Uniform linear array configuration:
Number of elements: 64
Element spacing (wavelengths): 1
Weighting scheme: hann
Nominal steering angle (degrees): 30
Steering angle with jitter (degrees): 29.403
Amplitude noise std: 0.05
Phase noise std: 0.05

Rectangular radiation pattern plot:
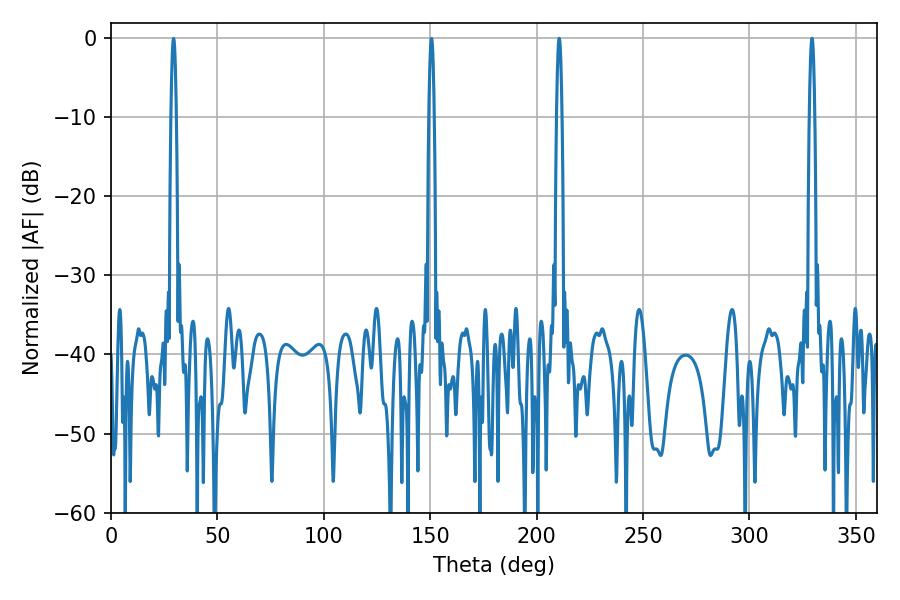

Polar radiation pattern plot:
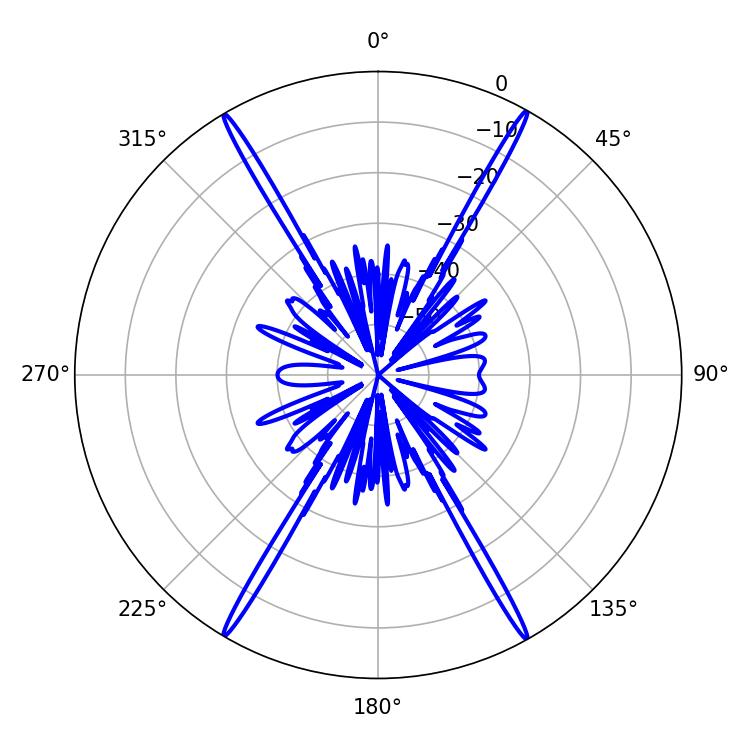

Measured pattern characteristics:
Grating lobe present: TRUE
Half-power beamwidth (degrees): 1.44
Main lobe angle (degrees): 210.6